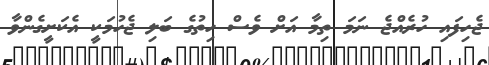
ޖެހިފައި ހުރެއްޖެ ނަމަ ތިމާ އަށް ވެސް ހިތުގެ ބަލި ޖެހުމަކީ އެކަށީގެންވާ